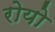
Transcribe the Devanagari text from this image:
रोयो